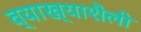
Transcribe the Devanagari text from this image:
व्याख्याशैली